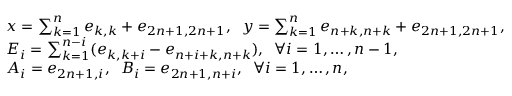
\begin{array} { r l } & { x = \sum _ { k = 1 } ^ { n } e _ { k , k } + e _ { 2 n + 1 , 2 n + 1 } , \; \; y = \sum _ { k = 1 } ^ { n } e _ { n + k , n + k } + e _ { 2 n + 1 , 2 n + 1 } , } \\ & { E _ { i } = \sum _ { k = 1 } ^ { n - i } ( e _ { k , k + i } - e _ { n + i + k , n + k } ) , \; \; \forall i = 1 , \ldots , n - 1 , } \\ & { A _ { i } = e _ { 2 n + 1 , i } , \; \; B _ { i } = e _ { 2 n + 1 , n + i } , \; \; \forall i = 1 , \ldots , n , } \end{array}